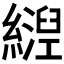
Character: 𬘀